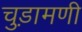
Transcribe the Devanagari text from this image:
चुड़ामणी